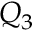
Q _ { 3 }